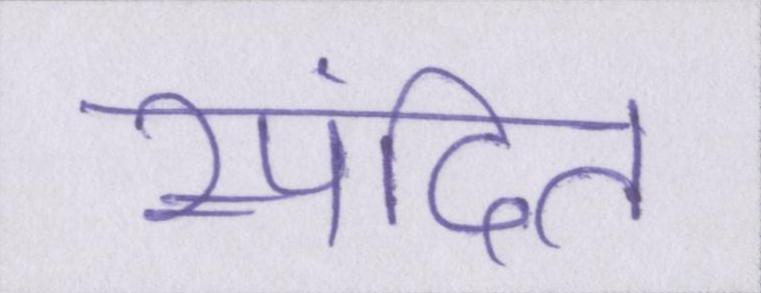
स्पंदित